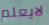
لايعلم